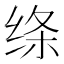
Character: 绦